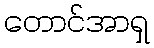
တောင်အာရှ